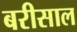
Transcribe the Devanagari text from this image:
बरीसाल